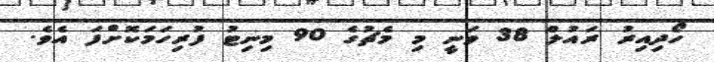
ހޯދިއިރު ރައުލް 38 ވަނީ މި މެޗުގެ 90 މިނިޓު ފުރިހަމަކޮށްފަ އެވެ.